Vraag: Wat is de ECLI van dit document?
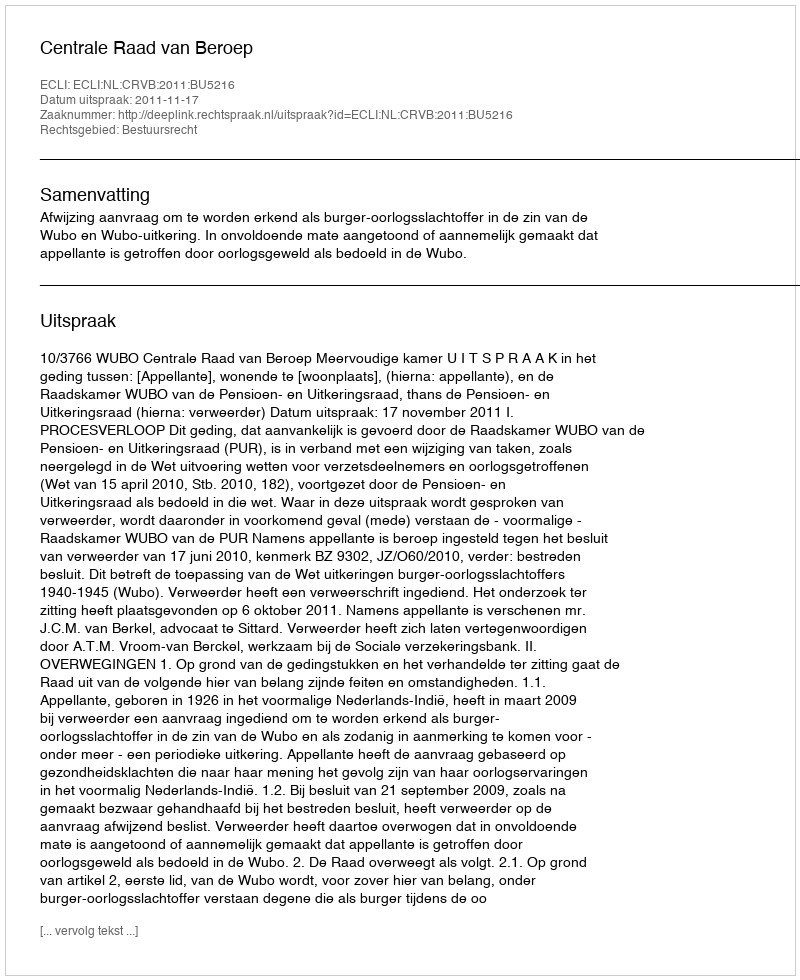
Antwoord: ECLI:NL:CRVB:2011:BU5216